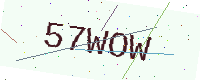
Text: 57WOW